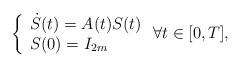
LaTeX: \begin{align*}\left\{\begin{array}{l}\dot{S}(t) = A(t) S(t)\\S(0)=I_{2m}\end{array}\right.\forall t \in [0,T],\end{align*}